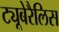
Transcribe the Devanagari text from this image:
ट्यूबेरैलिस